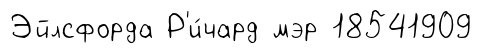
Эйлсфорда Р'и́чард мэр 18541909